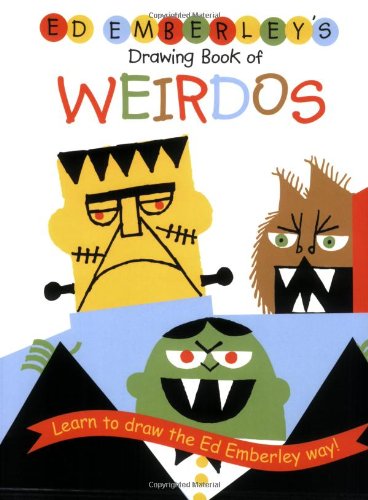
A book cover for Ed Emberley's Drawing Book of Weirdos (Ed Emberley Drawing Books); Ed Emberley; Children's Books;